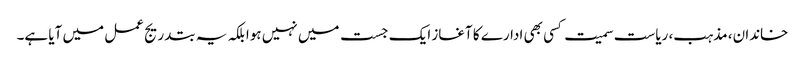
خاندان، مذہب، ریاست سمیت کسی بھی ادارے کا آغاز ایک جست میں نہیں ہوا بلکہ یہ بتدریج عمل میں آیا ہے۔